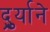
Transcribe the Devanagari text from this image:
दुर्र्याने